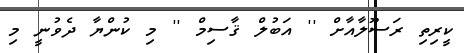
ކީރިތި ރަސޫލާއާށް '' އަބުލް ޤާސިމް '' މި ކުންޔާ ދެވުނީ މި